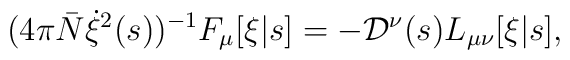
(4\pi {\bar N} \dot{\xi}^2(s))^{-1} F_\mu[\xi|s]   = - {\cal D}^\nu(s) L_{\mu\nu}[\xi|s],